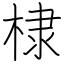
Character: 棣